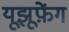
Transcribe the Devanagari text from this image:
यूझूफ़ेंग